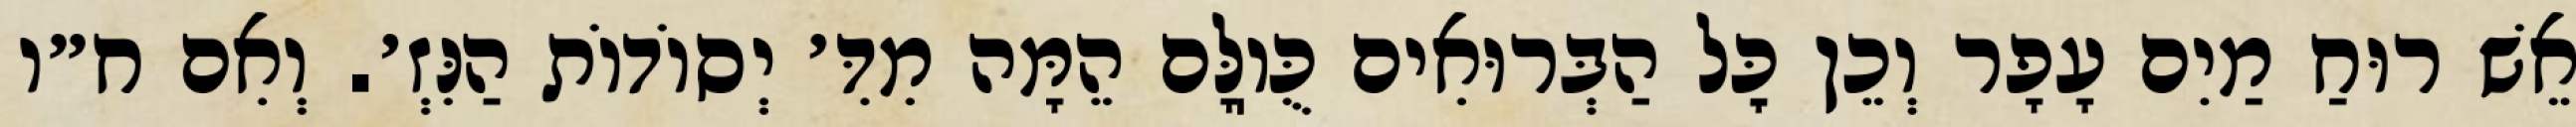
אֵשׁ רוּחַ מַיִם עָפָר וְכֵן כׇּל הַבְּרוּאִים כֻּוֽלָּם הֵמָּה מִדִּ׳ יְסוֹדוֹת הַנִּזְ׳. וְאִם ח״ו